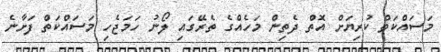
މަސައްކަތް ކުރިޔަށް އޮތް ދެތިން މަހެއްގެ ތެރޭގައި ލޯނު ހަމަޖެހި މަސައްކަތް ފަށާނެ